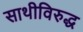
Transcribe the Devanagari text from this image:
साथीविरुद्ध